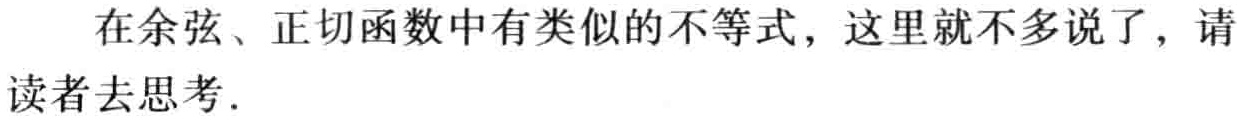
在余弦、正切函数中有类似的不等式，这里就不多说了，请读者去思考.